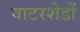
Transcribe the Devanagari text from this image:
वाटरशेडों